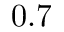
0 . 7